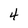
Character: 4